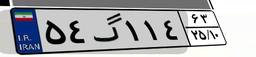
۵۴گ۱۱۴۶۳